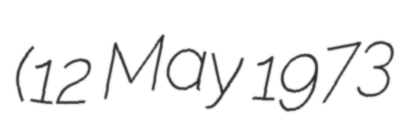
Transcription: (12 May 1973